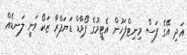
އަދި އޭގެ ފަސް މިނިޓްފަހުން އެޓީމުގެ ފޯވާޑް ޑަޔަފްރާ ޒަކޯ ވަނީ ލަނޑެއް